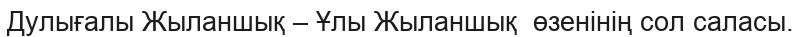
Дулығалы Жыланшық – Ұлы Жыланшық  өзенінің сол саласы.